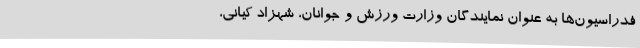
فدراسیون‌ها به عنوان نمایندگان وزارت ورزش و جوانان، شهزاد کیانی،